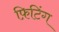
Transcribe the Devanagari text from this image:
फ़िटिंग